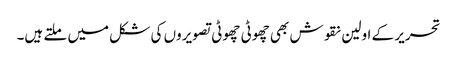
تحریر کے اولین نقوش بھی چھوٹی چھوٹی تصویروں کی شکل میں ملتے ہیں۔